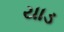
યાડ